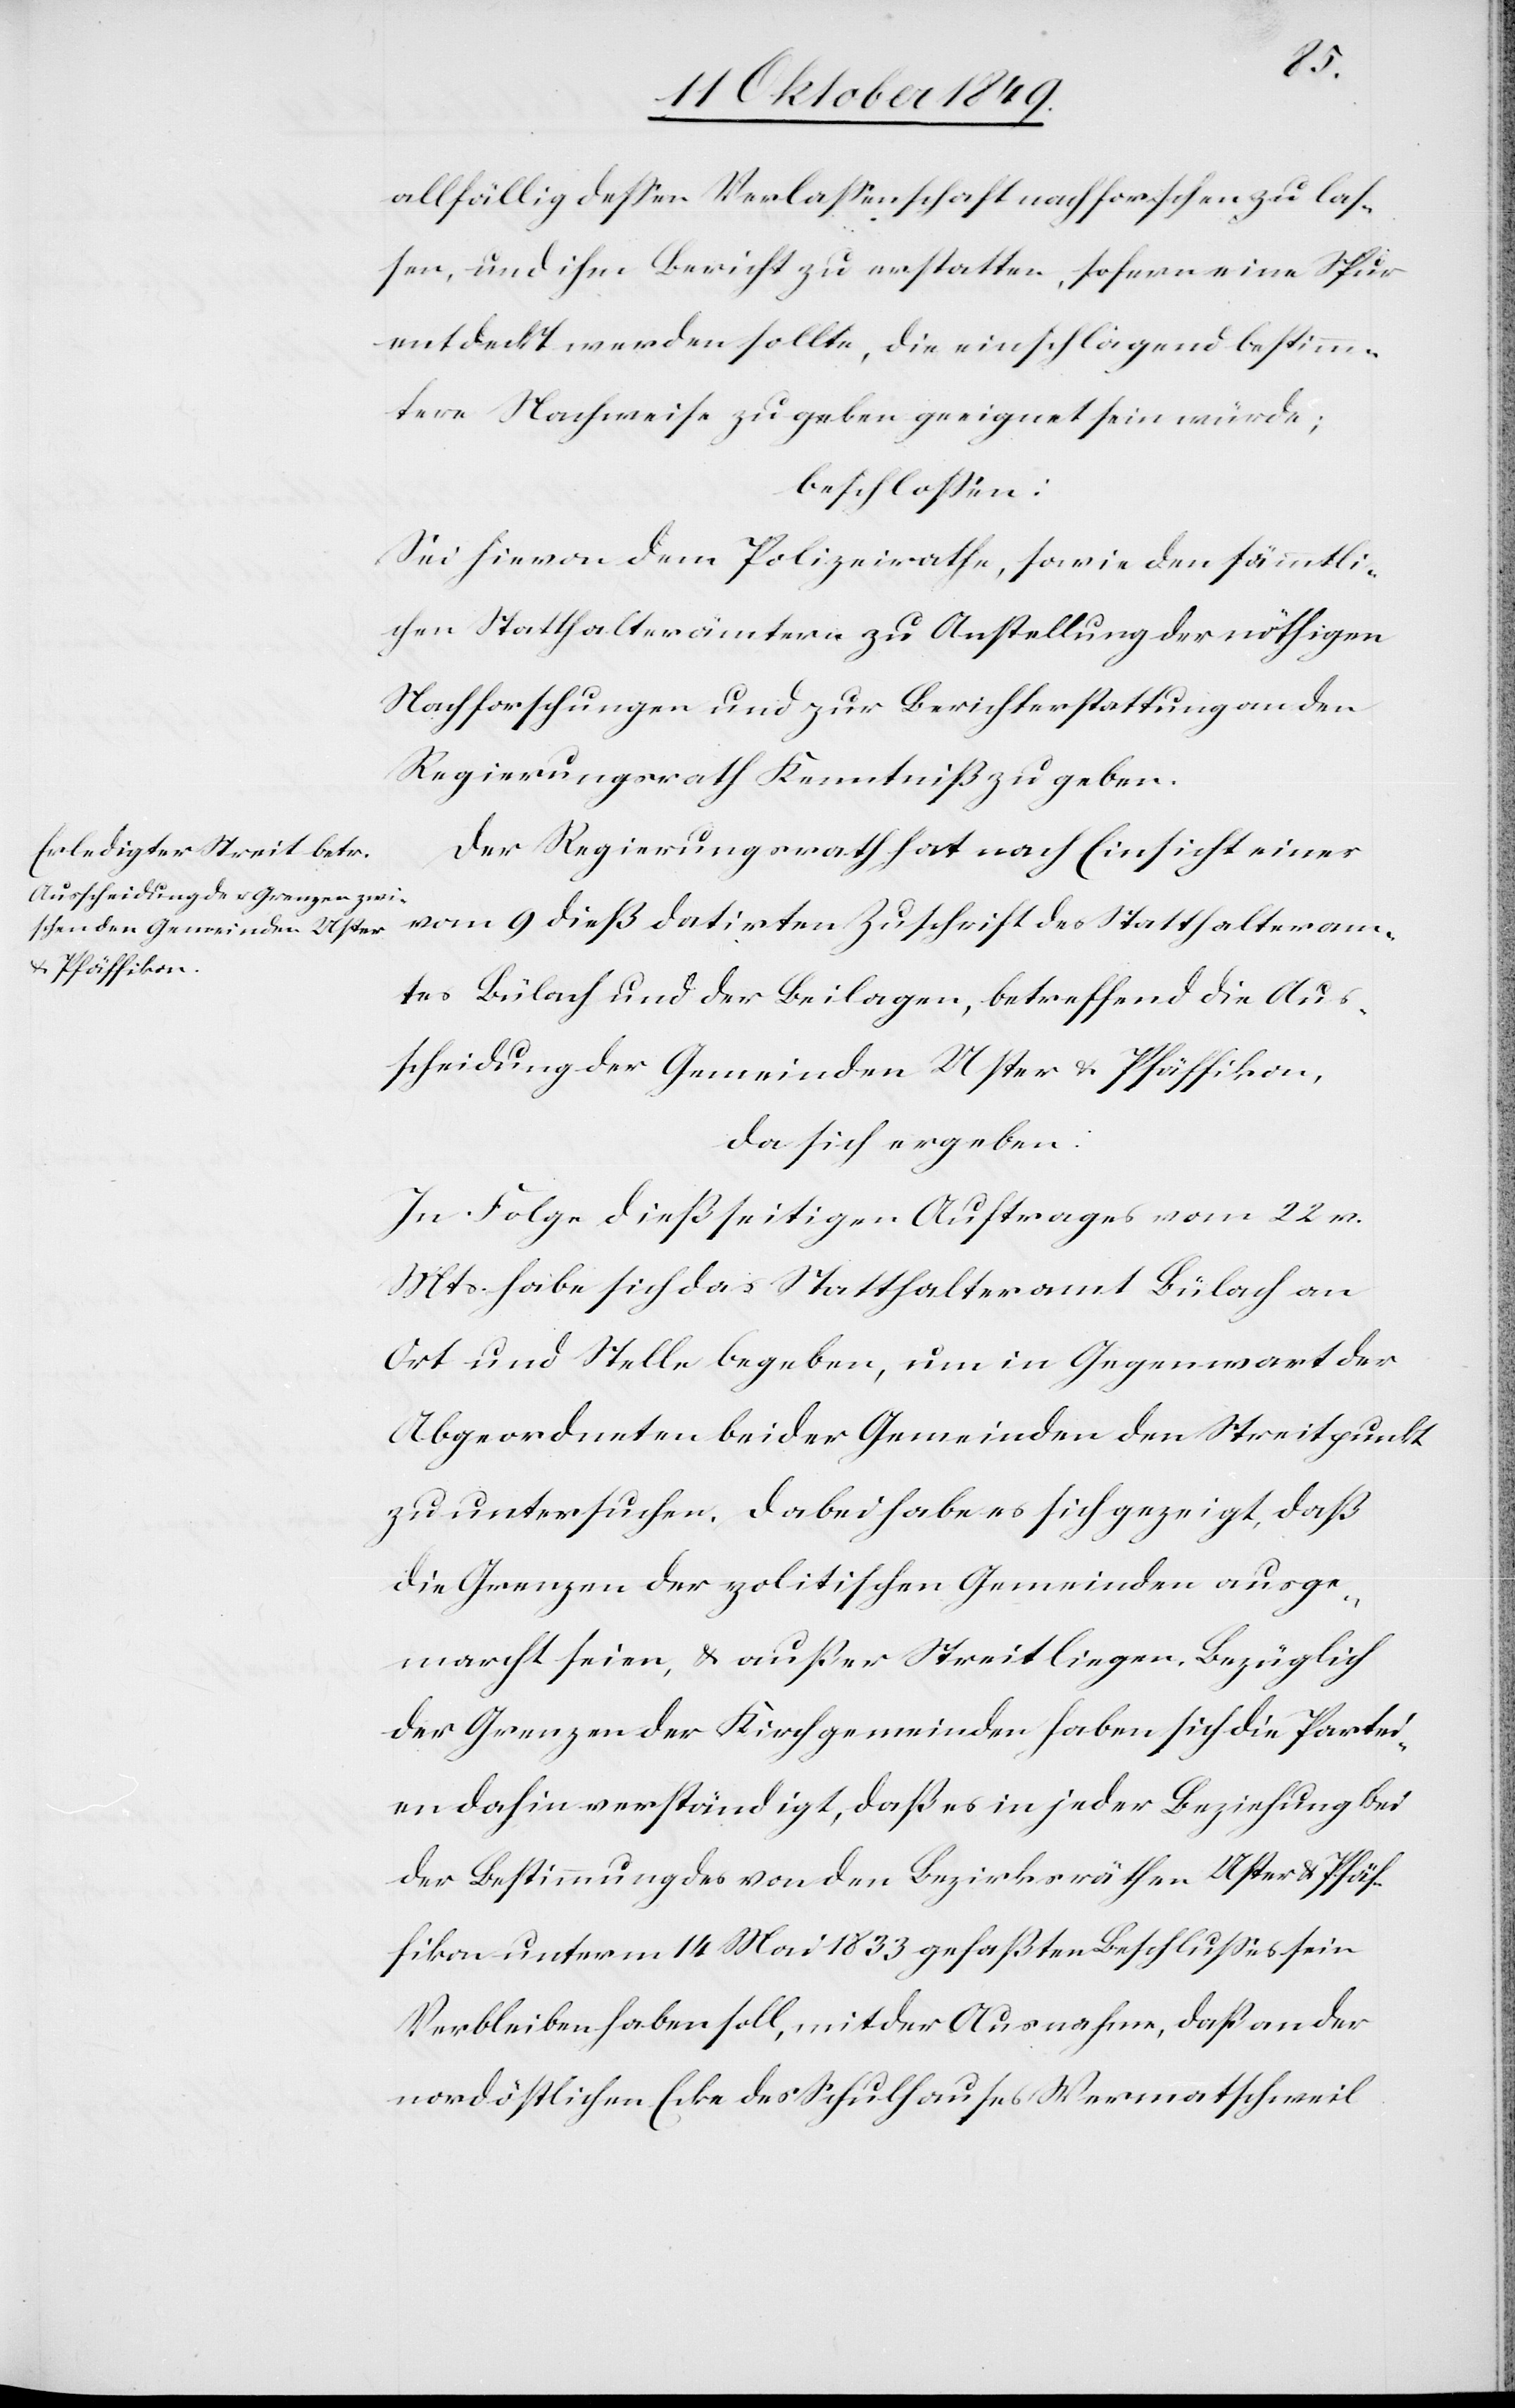
allfällig deßen Verlaßenschaft nachforschen zu laß¬
en, und ihm Bericht zu erstatten, sofern eine Spur
entdeckt werden sollte, die einschlagend bestimm¬
tere Nachweise zu geben geeignet sein würde;
beschloßen:
Sei hievon dem Polizeirathe, sowie den sämmtli¬
chen Statthalterämtern zu Anstellung der nöthigen
Nachforschungen und zur Berichterstattung an den
Regierungsrath Kenntniß zu geben.
Der Regierungsrath hat nach Einsicht einer
vom 9 dieß datirten Zuschrift des Statthalteram¬
tes Bülach und der Beilagen, betreffend die Aus¬
scheidung der Gemeinden Uster u. Pfäffikon,
da sich ergeben:
In Folge dießseitgen Auftrages vom 22 v.
Mts. habe sich das Statthalteramt Bülach an
Ort und Stelle begeben, um in Gegenwart der
Abgeordneten beider Gemeinden den Streitpunkt
zu untersuchen. Dabei habe es sich gezeigt, daß
die Grenzen der politischen Gemeinden ausge¬
marcht seien, u. außer Streit liegen. Bezüglich
der Grenzen der Kirchgemeinden haben sich die Partei¬
en dahin verständigt, daß es in jeder Beziehung bei
der Bestimmung von den Bezirksräthen Uster u. Pfäf¬
fikon unterm 14 Mai 1833 gefaßten Beschlußes sein
Verbleiben haben soll, mit der Ausnahme, daß an der
nordöstlichen Ecke des Schulhauses Wermathschweil